65_HS1-834228961_62-HQ-83894_Section_7
Agency: FBI
Page 143
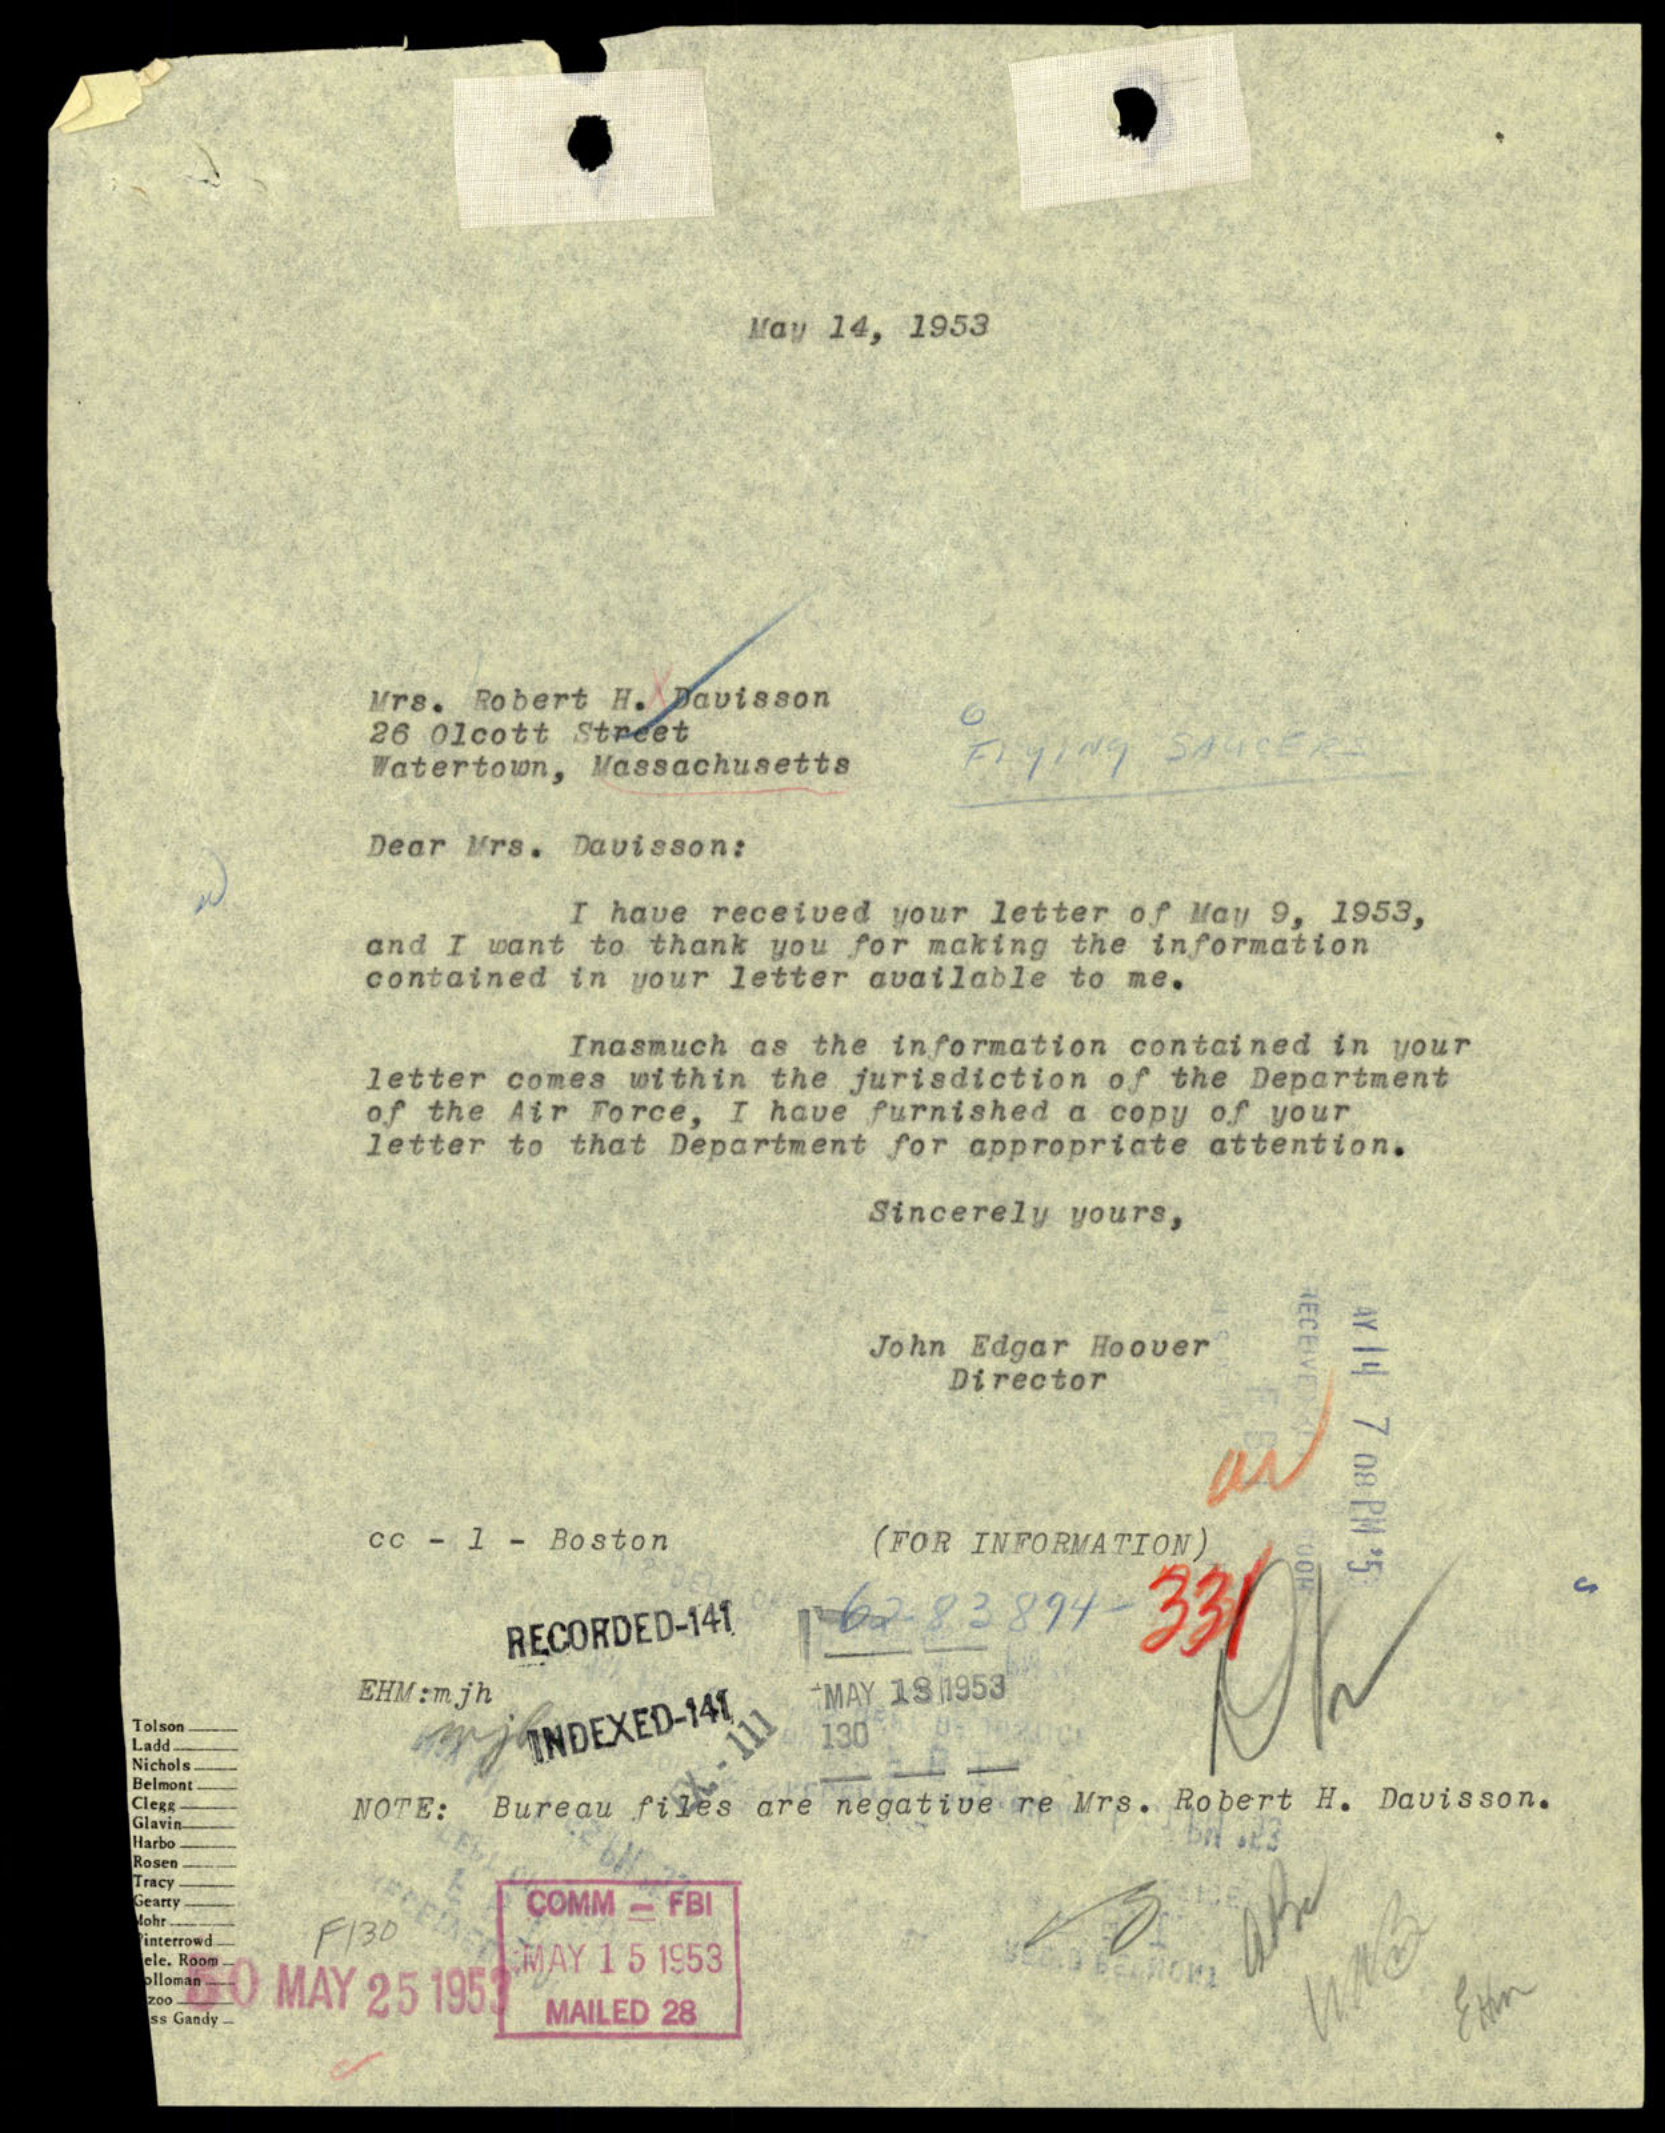